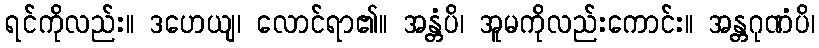
ရင်ကိုလည်း။ ဒဟေယျ၊ လောင်ရာ၏။ အန္တံပိ၊ အူမကိုလည်းကောင်း။ အန္တဂုဏံပိ၊